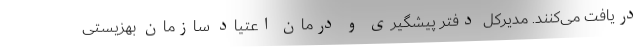
دریافت می‌کنند. مدیرکل دفتر پیشگیری و درمان اعتیاد سازمان بهزیستی